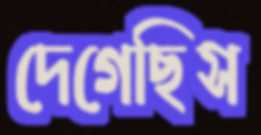
দেগেছিস